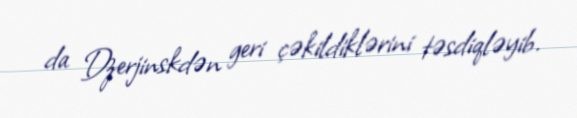
da Dzerjinskdən geri çəkildiklərini təsdiqləyib.